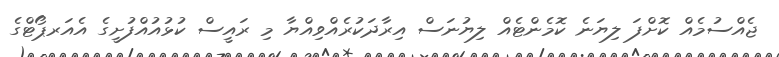
ޖެއްސުމެއް ކޮށްފަ ލިޔަނެ ކޮމެންޓެއް ލިޔުނަސް އިރާދަކުރެއްވިއްޔާ މި ރައީސް ކުޅުއުއްފުށީގެ އެއަރޕޯޓްގެ